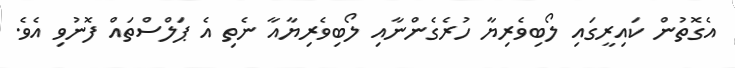
އެގޮތުން ކައިރީގައި ލޯބިވެރިޔާ ހުރެގެންނާއި ލޯބިވެރިޔާއާ ނެތި އެ ޕަލްސްތައް ފޮނުވި އެވެ.